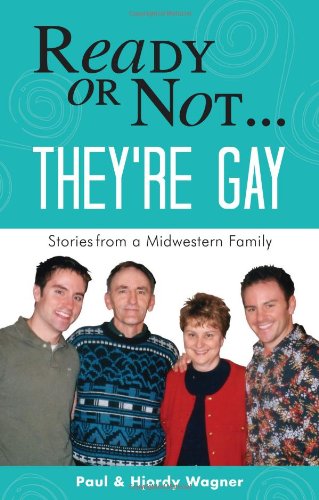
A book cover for Ready or Not...They're Gay: Stories from a Midwestern Family; Paul Wagner; Gay & Lesbian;